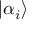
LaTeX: | { \alpha _ { i } } \rangle